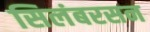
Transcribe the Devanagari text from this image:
सिलंबरसन